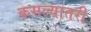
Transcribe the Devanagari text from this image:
कसल्यातरी